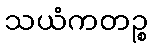
သယံကတဉ္စ